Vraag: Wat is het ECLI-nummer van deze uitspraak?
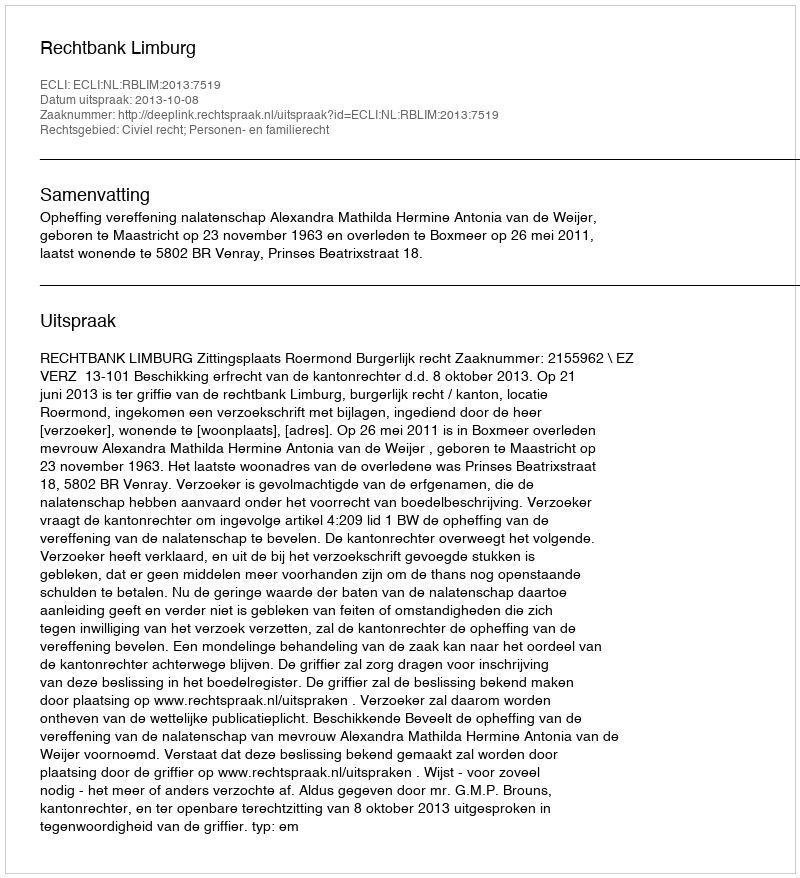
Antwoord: ECLI:NL:RBLIM:2013:7519